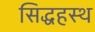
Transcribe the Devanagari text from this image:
सिद्धहस्थ